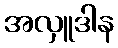
အလှူဒါန